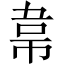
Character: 𮧮